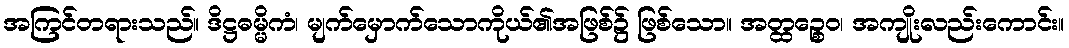
အကြင်တရားသည်။ ဒိဋ္ဌဓမ္မိကံ၊ မျက်မှောက်သောကိုယ်၏အဖြစ်၌ ဖြစ်သော။ အတ္ထဉ္စေဝ၊ အကျိုးလည်းကောင်း။